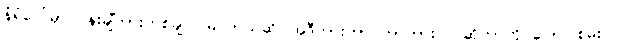
နံရံပေါ်မှာ ပန်းချီကားတစ်ချပ် မြင်တယ်ဆို၊ အဲဒီကားဟာ ဘာကားလဲ ဆိုတာကို ပြောပြစမ်းပါ